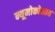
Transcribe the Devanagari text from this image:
न्यूमोकोकाय